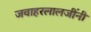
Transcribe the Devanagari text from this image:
जवाहरलालजींनी